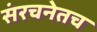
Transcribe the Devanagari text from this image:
संरचनेतच